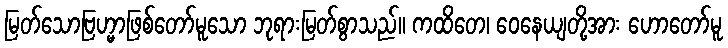
မြတ်သောဗြဟ္မာဖြစ်တော်မူသော ဘုရားမြတ်စွာသည်။ ကထိတေ၊ ဝေနေယျတို့အား ဟောတော်မူ